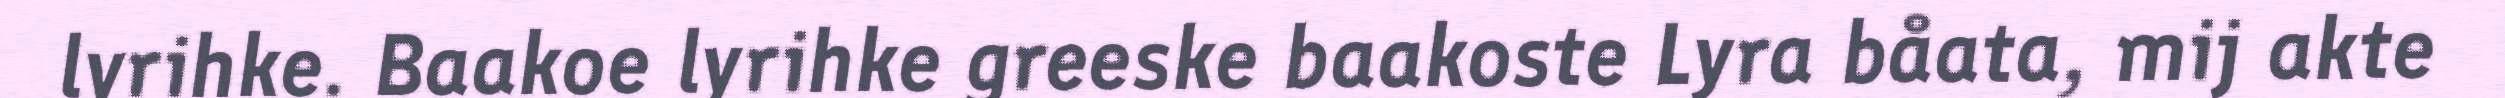
lyrihke. Baakoe lyrihke greeske baakoste Lyra båata, mij akte